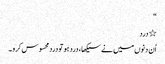
“
٭ درد
اُن دنوں میں نے سیکھا ، درد ہو تو دردمحسوس کرو ۔